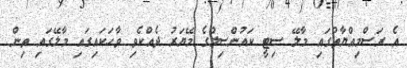
އެ ރަސްމިއްޔާތުގައި މާލޭ ސިޓީ ކައުންސިލްގެ މޭޔަރު ދެއްކެވި ވާހަކައިގައި މާލޭގައި ތިން